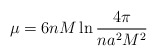
\begin{align*}\mu= 6n M \ln \frac{4\pi}{ na^2 M^2}\end{align*}